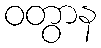
ဝတွာန